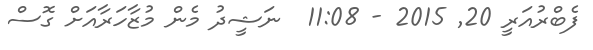
ފެބްރުއަރީ 20